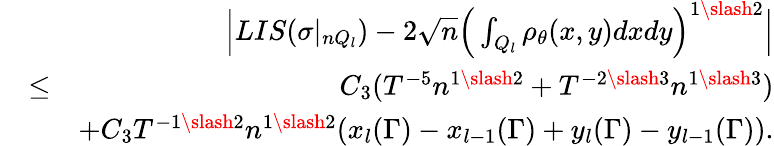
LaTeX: \begin{array}{rlr}&{}&{\Big|LIS(\sigma|_{nQ_{l}})-2\sqrt{n}\Big(\int_{Q_{l}}\rho_{\theta}(x,y)dxdy\Big)^{1\slash 2}\Big|}\\ &{\leq}&{C_{3}(T^{-5}n^{1\slash 2}+T^{-2\slash 3}n^{1\slash 3})}\\ &{}&{+C_{3}T^{-1\slash 2}n^{1\slash 2}(x_{l}(\Gamma)-x_{l-1}(\Gamma)+y_{l}(\Gamma)-y_{l-1}(\Gamma)).}\end{array}